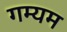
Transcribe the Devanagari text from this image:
गम्यम